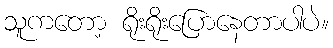
သူကတော့ ရိုးရိုးပြောနေတာပါပဲ။